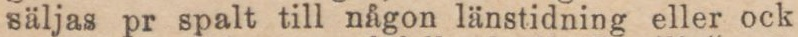
säljas pr spalt till någon länstidning eller ock